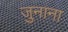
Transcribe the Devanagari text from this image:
जुनाना